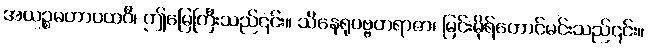
အယဉ္စမဟာပထဝီ၊ ဤမြေကြီးသည်၎င်း။ သိနေရုပဗ္ဗတရာဇာ၊ မြင်းမိုရ်တောင်မင်းသည်၎င်း။